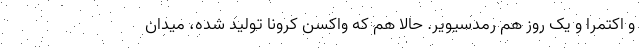
و اکتمرا و یک روز هم رمدسیویر. حالا هم که واکسن کرونا تولید شده، میدان